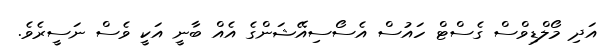
އަދި މޯލްޑިވްސް ގެސްޓް ހައުސް އެސޯސިއޭޝަންގެ އެއް ބާނީ އަކީ ވެސް ނަސީރެވެ.